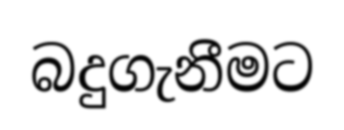
බදුගැනීමට